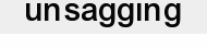
unsagging